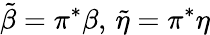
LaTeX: \tilde{\beta}=\pi^{*}\beta,\, \tilde{\eta}=\pi^{*}\eta